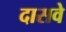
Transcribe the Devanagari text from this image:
दासवे